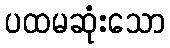
ပထမဆုံးသော